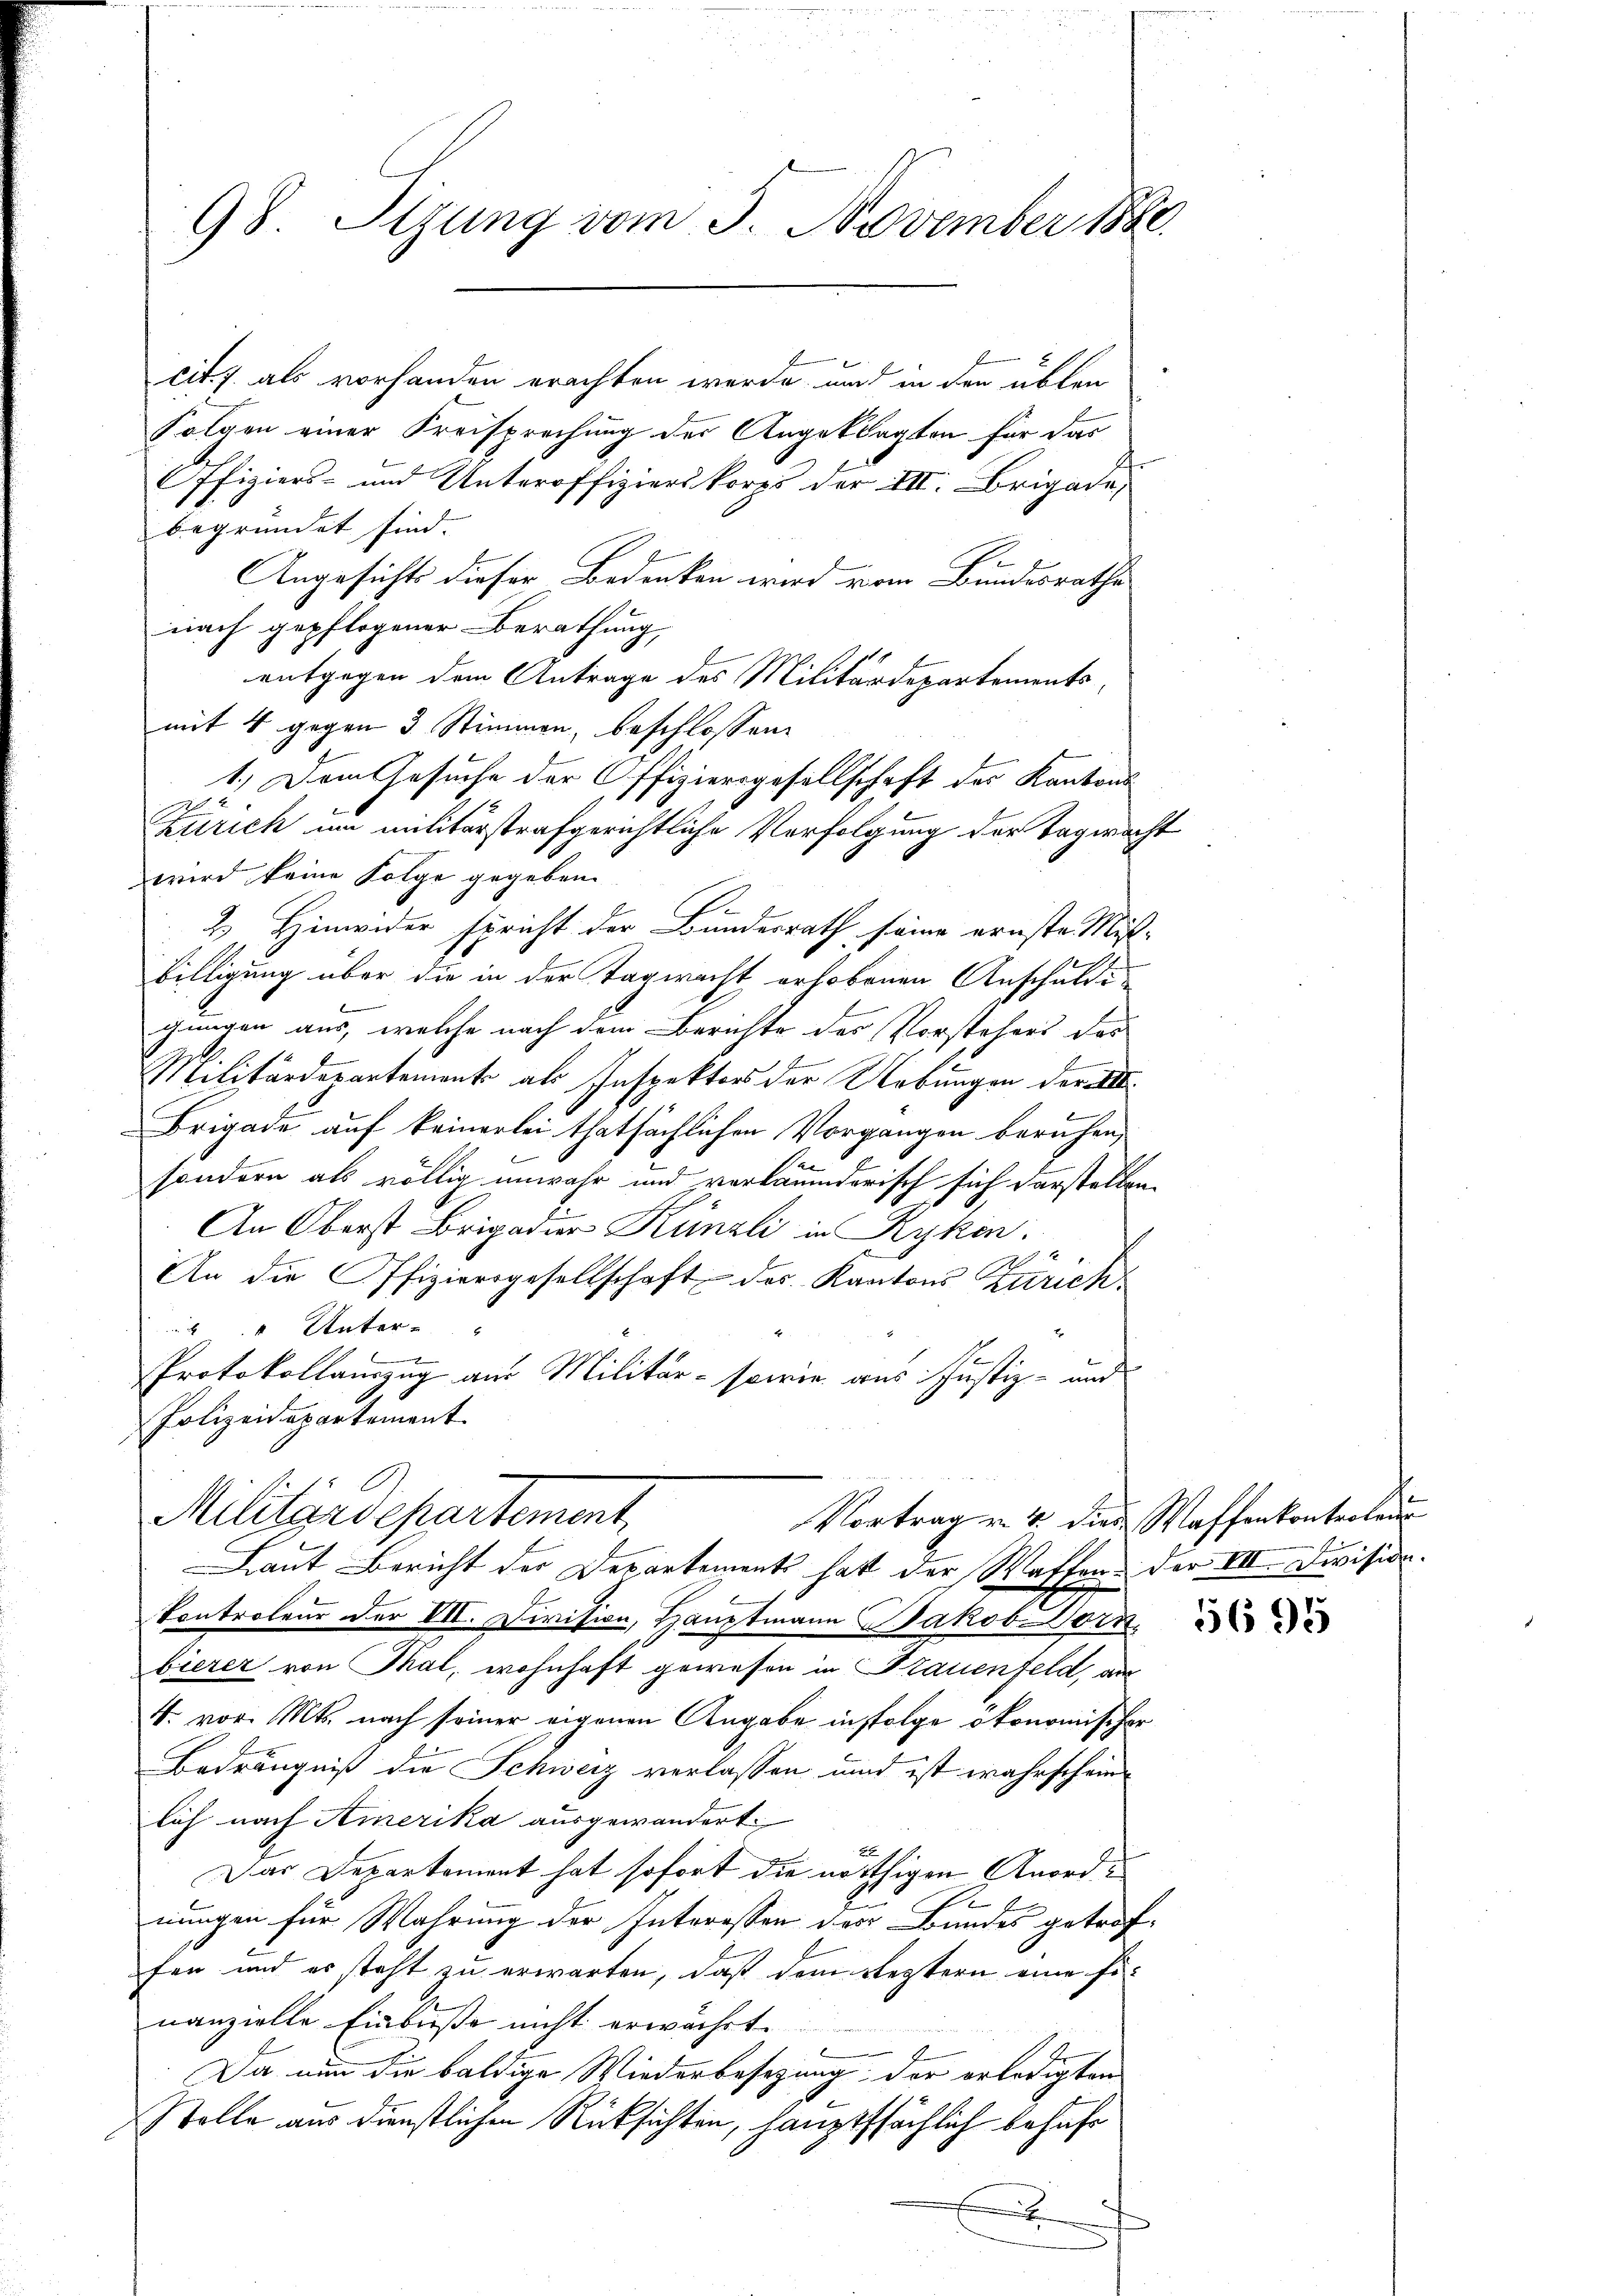
98. Sizung vom 5. November 1890

cit. c. als vorhanden erachten werde, und in den üblen
Folgen einer Kreisprechung der Angeklagten für das
Offiziers- und Unteroffizierskorps der III. Brigade,
begründet sind.
Angesichts dieser Bedenken wird vom Bundesrathe
nach gepflogener Berathung,
entgegen dem Antrage des Militärdepartements-
mit 4 gegen 3 Stimmen, beschlossen:
1.) Dem Gesuche der Offiziersgesellschaft des Kantons
x
Zürich um militärstrafgerichtliche Verfolgung der Tagwacht
wird keine Folge gegeben.
2) Hinwider spricht der Bundesrath seine ernste Miß¬
Billigung über die in der Tagwacht erhobenen Anschuldigungen aus, welche nach dem Berichte des Vorstehers das
Militärdepartement als Inspektors der Uebungen der A.
Brigade auf keinerlei thatsächlichen Vorgangen beruhen,
sondern als völlig unwahr und vorläumderisch sich darstellen.
An Oberst Brigadier Künzli in Rykon.
An die Offiziersgesellschaft des Kantons Zürich¬
" Unter-
e
Protokollauszug aus Militär- sowie aus Justiz- und
Polizeidepartement
Militärdepartement,
Vortrag u. 4 diese Waffenkonterlau
Laut Bericht der Departement hatt der Waffen. Der VIII. Division.
6
Controleur der VII. Division, Hauptmann Jakob Horn
bierer von Thal, wohnhaft gewesen in Frauenfeld, au
4. vor. Mts. nach seiner eigenen Angabe infolge ökonomischer
Bedrängniß die Schweiz verlassen und ist wahrschein
lich nach Amerika ausgewandert.
26
Das Departement hat sofort die nöthigen Anord¬
2
nungen für Wahrung der Interessen des Bundes getroffen und es steht zu erwarten, daß dem Leztern eine Finanzielle Einbuße nicht erwährt.
Da nun die baldige Wiederbesezung; der erledigten
Stolle aus dienstlichen Rücksichten, hauptsächlich befahr
E

5695